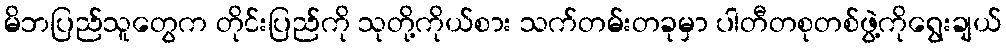
မိဘပြည်သူတွေက တိုင်းပြည်ကို သုတို့ကိုယ်စား သက်တမ်းတခုမှာ ပါတီတစုတစ်ဖွဲ့ကိုရွေးချယ်